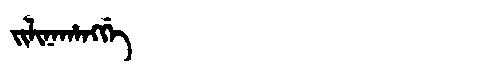
Manchu: ᠵᡳᠯᡳᠨᠠᡥᠠᠩᡤᡝ
Romanization: JILINAHANGGE